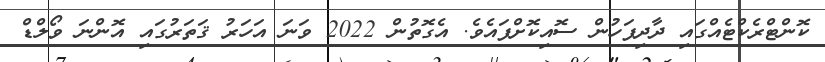
ކޮންޓްރެކްޓެއްގައި ދާދިފަހުން ސޮއިކޮށްފައެވެ. އެގޮތުން 2022 ވަނަ އަހަރު ޤަތަރުގައި އޮންނަ ވޯލްޑް